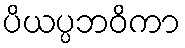
ပိယပ္ပဘဝိကာ